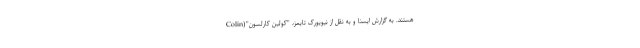
هستند. به گزارش ایسنا و به نقل از نیویورک تایمز، "کولین کارلسون"(Colin